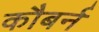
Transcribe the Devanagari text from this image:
कौबर्न